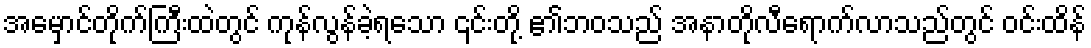
အမှောင်တိုက်ကြီးထဲတွင် ကုန်လွန်ခဲ့ရသော ၎င်းတို့ ၏ဘဝသည် အနာတိုလီရောက်လာသည်တွင် ဝင်းထိန်